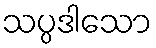
သပ္ပဒါသော